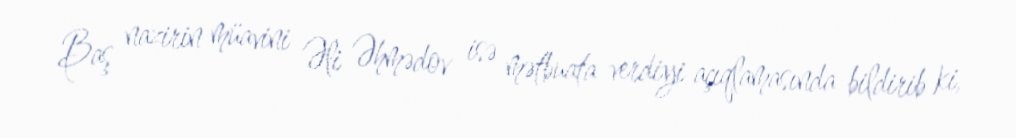
Baş nazirin müavini Əli Əhmədov isə mətbuata verdiyi açıqlamasında bildirib ki,